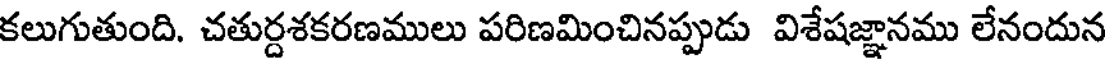
కలుగుతుంది. చతుర్దశకరణములు పరిణమించినప్పుడు విశేషజ్ఞానము లేనందున